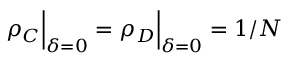
\rho _ { C } \Big \vert _ { \delta = 0 } = \rho _ { D } \Big \vert _ { \delta = 0 } = 1 / N